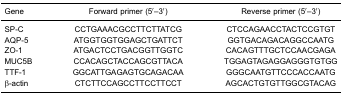
<table><thead><tr><td><b>Gene</b></td><td><b>Forward primer (5′-3′)</b></td><td><b>Reverse primer (5′-3′)</b></td></tr></thead><tbody><tr><td>SP-C</td><td>CCTGAAACGCCTTCTTATCG</td><td>CTCCAGAACCTACTCCGTGT</td></tr><tr><td>AQP-5</td><td>ATGGTGGTGGAGCTGATTCT</td><td>GGTGACAGACAGGCCAATG</td></tr><tr><td>ZO-1</td><td>ATGACTCCTGACGGTTGGTC</td><td>CACAGTTTGCTCCAACGAGA</td></tr><tr><td>MUC5B</td><td>CCACAGCTACCAGCGTTACA</td><td>TGGAGTAGAGGAGGGTGTGG</td></tr><tr><td>TTF-1</td><td>GGCATTGAGAGTGCAGACAA</td><td>GGGCAATGTTCCCACCAATG</td></tr><tr><td>β-actin</td><td>CTCTTCCAGCCTTCCTTCCT</td><td>AGCACTGTGTTGGCGTACAG</td></tr></tbody></table>